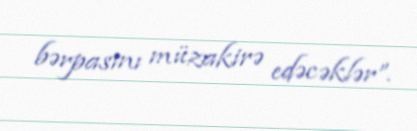
bərpasını müzakirə edəcəklər”.